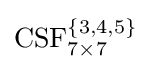
{\text{CSF}}_{7\times 7}^{\left\lbrace \mathrm {3,4,5} \right\rbrace }